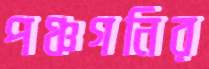
পঞ্চগনির